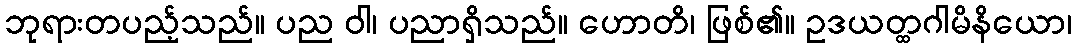
ဘုရားတပည့်သည်။ ပည ဝါ၊ ပညာရှိသည်။ ဟောတိ၊ ဖြစ်၏။ ဥဒယတ္ထဂါမိနိယော၊